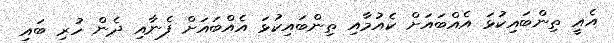
އެއީ ތިންބައިކުޅަ އެއްބައަށް ކެއުމާއި ތިންބައިކުޅަ އެއްބައަށް ފެނާއި ދެން ހުރި ބައި